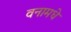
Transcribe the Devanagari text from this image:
वनामधे